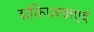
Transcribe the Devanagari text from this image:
शक्तिपरकएवं